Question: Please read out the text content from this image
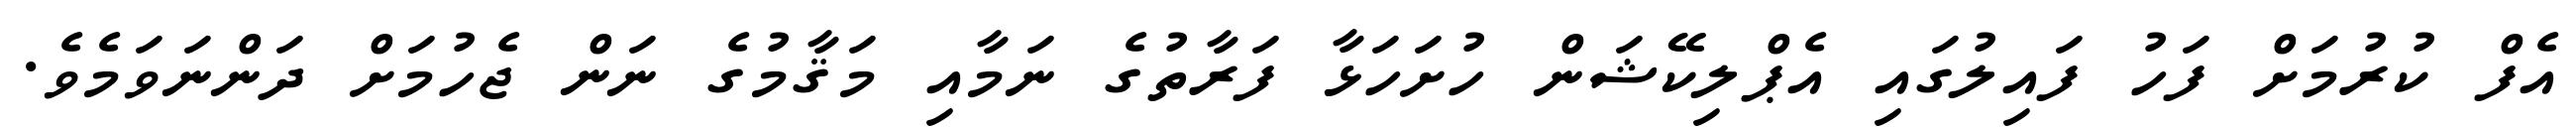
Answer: އެފް ކުރުމަށް ފަހު ފައިލުގައި އެޕްލިކޭޝަން ހުށަހަޅާ ފަރާތުގެ ނަމާއި މަޤާމުގެ ނަން ޖެހުމަށް ދަންނަވަމެވެ.